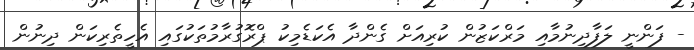
- ފަންނީ ލަފާދިނުމާއި މަރްކަޒުން ކުރިއަށް ގެންދާ އެކަޑެމިކު ޕްރޮގުރާމުތަކުގައި އެހީތެރިކަން ދިނުން